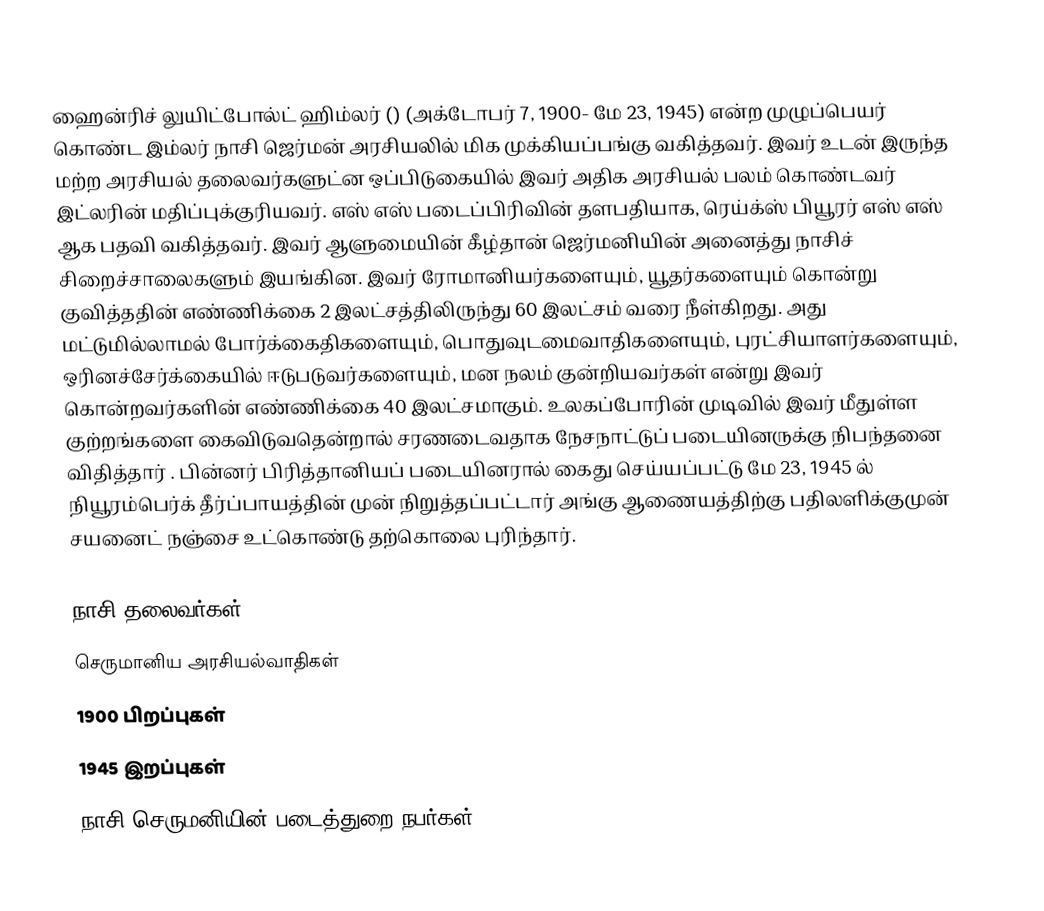
ஹைன்ரிச் லுயிட்போல்ட் ஹிம்லர் () (அக்டோபர் 7, 1900- மே 23, 1945) என்ற முழுப்பெயர் கொண்ட இம்லர் நாசி ஜெர்மன் அரசியலில் மிக முக்கியப்பங்கு வகித்தவர். இவர் உடன் இருந்த மற்ற அரசியல் தலைவர்களுட்ன ஒப்பிடுகையில் இவர் அதிக அரசியல் பலம் கொண்டவர் இட்லரின் மதிப்புக்குரியவர். எஸ் எஸ் படைப்பிரிவின் தளபதியாக, ரெய்க்ஸ் பியூரர் எஸ் எஸ் ஆக பதவி வகித்தவர். இவர் ஆளுமையின் கீழ்தான் ஜெர்மனியின் அனைத்து நாசிச் சிறைச்சாலைகளும் இயங்கின. இவர் ரோமானியர்களையும், யூதர்களையும் கொன்று குவித்ததின் எண்ணிக்கை 2 இலட்சத்திலிருந்து 60 இலட்சம் வரை நீள்கிறது. அது மட்டுமில்லாமல் போர்க்கைதிகளையும், பொதுவுடமைவாதிகளையும், புரட்சியாளர்களையும், ஒரினச்சேர்க்கையில் ஈடுபடுவர்களையும், மன நலம் குன்றியவர்கள் என்று இவர் கொன்றவர்களின் எண்ணிக்கை 40 இலட்சமாகும். உலகப்போரின் முடிவில் இவர் மீதுள்ள குற்றங்களை கைவிடுவதென்றால் சரணடைவதாக நேசநாட்டுப் படையினருக்கு நிபந்தனை விதித்தார் . பின்னர் பிரித்தானியப் படையினரால் கைது செய்யப்பட்டு மே 23, 1945 ல் நியூரம்பெர்க் தீர்ப்பாயத்தின் முன் நிறுத்தப்பட்டார் அங்கு ஆணையத்திற்கு பதிலளிக்குமுன் சயனைட் நஞ்சை உட்கொண்டு தற்கொலை புரிந்தார்.

நாசி தலைவர்கள்
செருமானிய அரசியல்வாதிகள்
1900 பிறப்புகள்
1945 இறப்புகள்
நாசி செருமனியின் படைத்துறை நபர்கள்